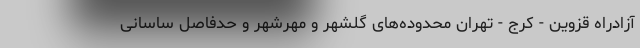
آزادراه قزوین - کرج - تهران محدوده‌های گلشهر و مهرشهر و حدفاصل ساسانی